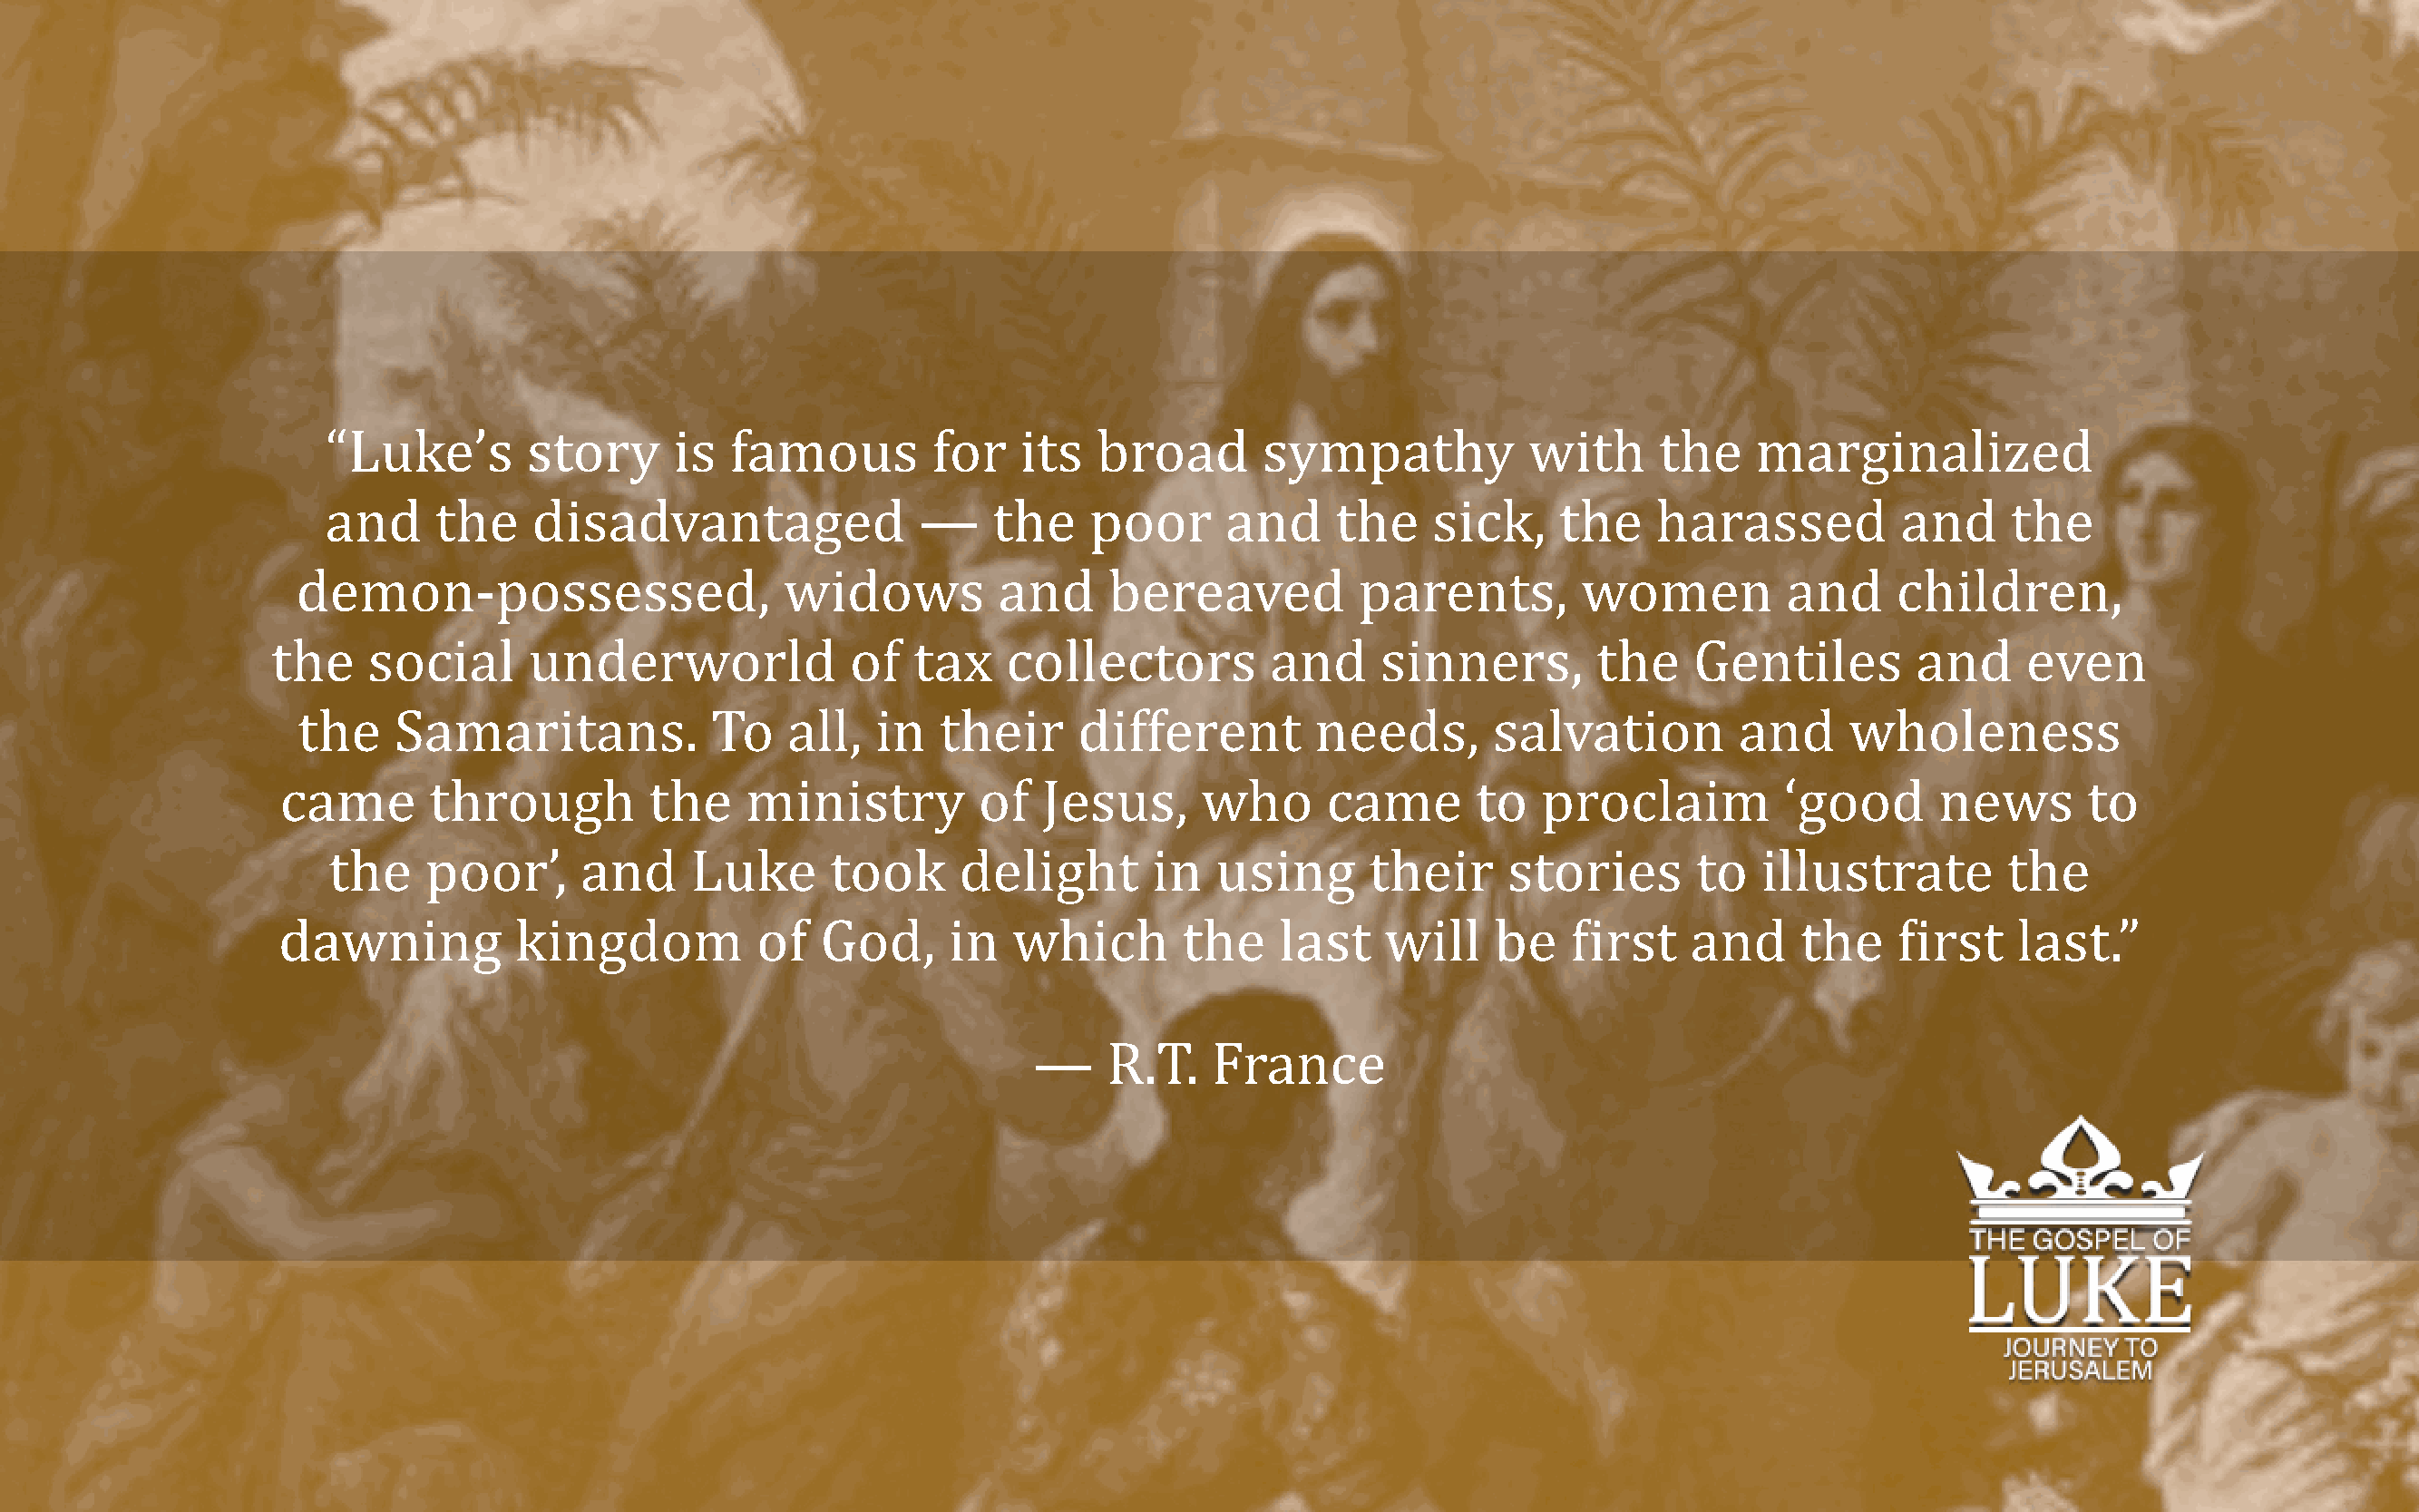
“Luke’s       story      is  famous         for   its   broad       sympathy            with     the    marginalized
 and     the    disadvantaged               —    the    poor      and     the     sick,    the    harassed          and     the
 demon-possessed,                   widows          and     bereaved          parents,        women          and     children,
 the    social      underworld             of   tax   collectors          and     sinners,        the    Gentiles        and     even
 the    Samaritans.            To   all,   in   their     different        needs,       salvation         and     wholeness
 came       through         the    ministry         of   Jesus,      who      came       to  proclaim          ‘good      news       to
 the    poor’,     and     Luke       took     delight       in   using      their     stories       to   illustrate       the
 dawning           kingdom          of   God,     in   which       the    last    will    be    First   and     the    First    last.”
 —     R.T.   France